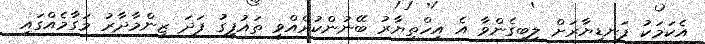
އެކަމަކު ފަނޑިޔާރަށް ލިބިގެންވާ އެ އިހްތިޔާރު ބޭނުންކުރެއްވީ ތައުފީގު ފަދަ ޒިންމާދާރު މަގާމެއްގައި